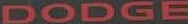
DODGE